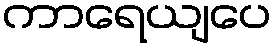
ကာရေယျပေ